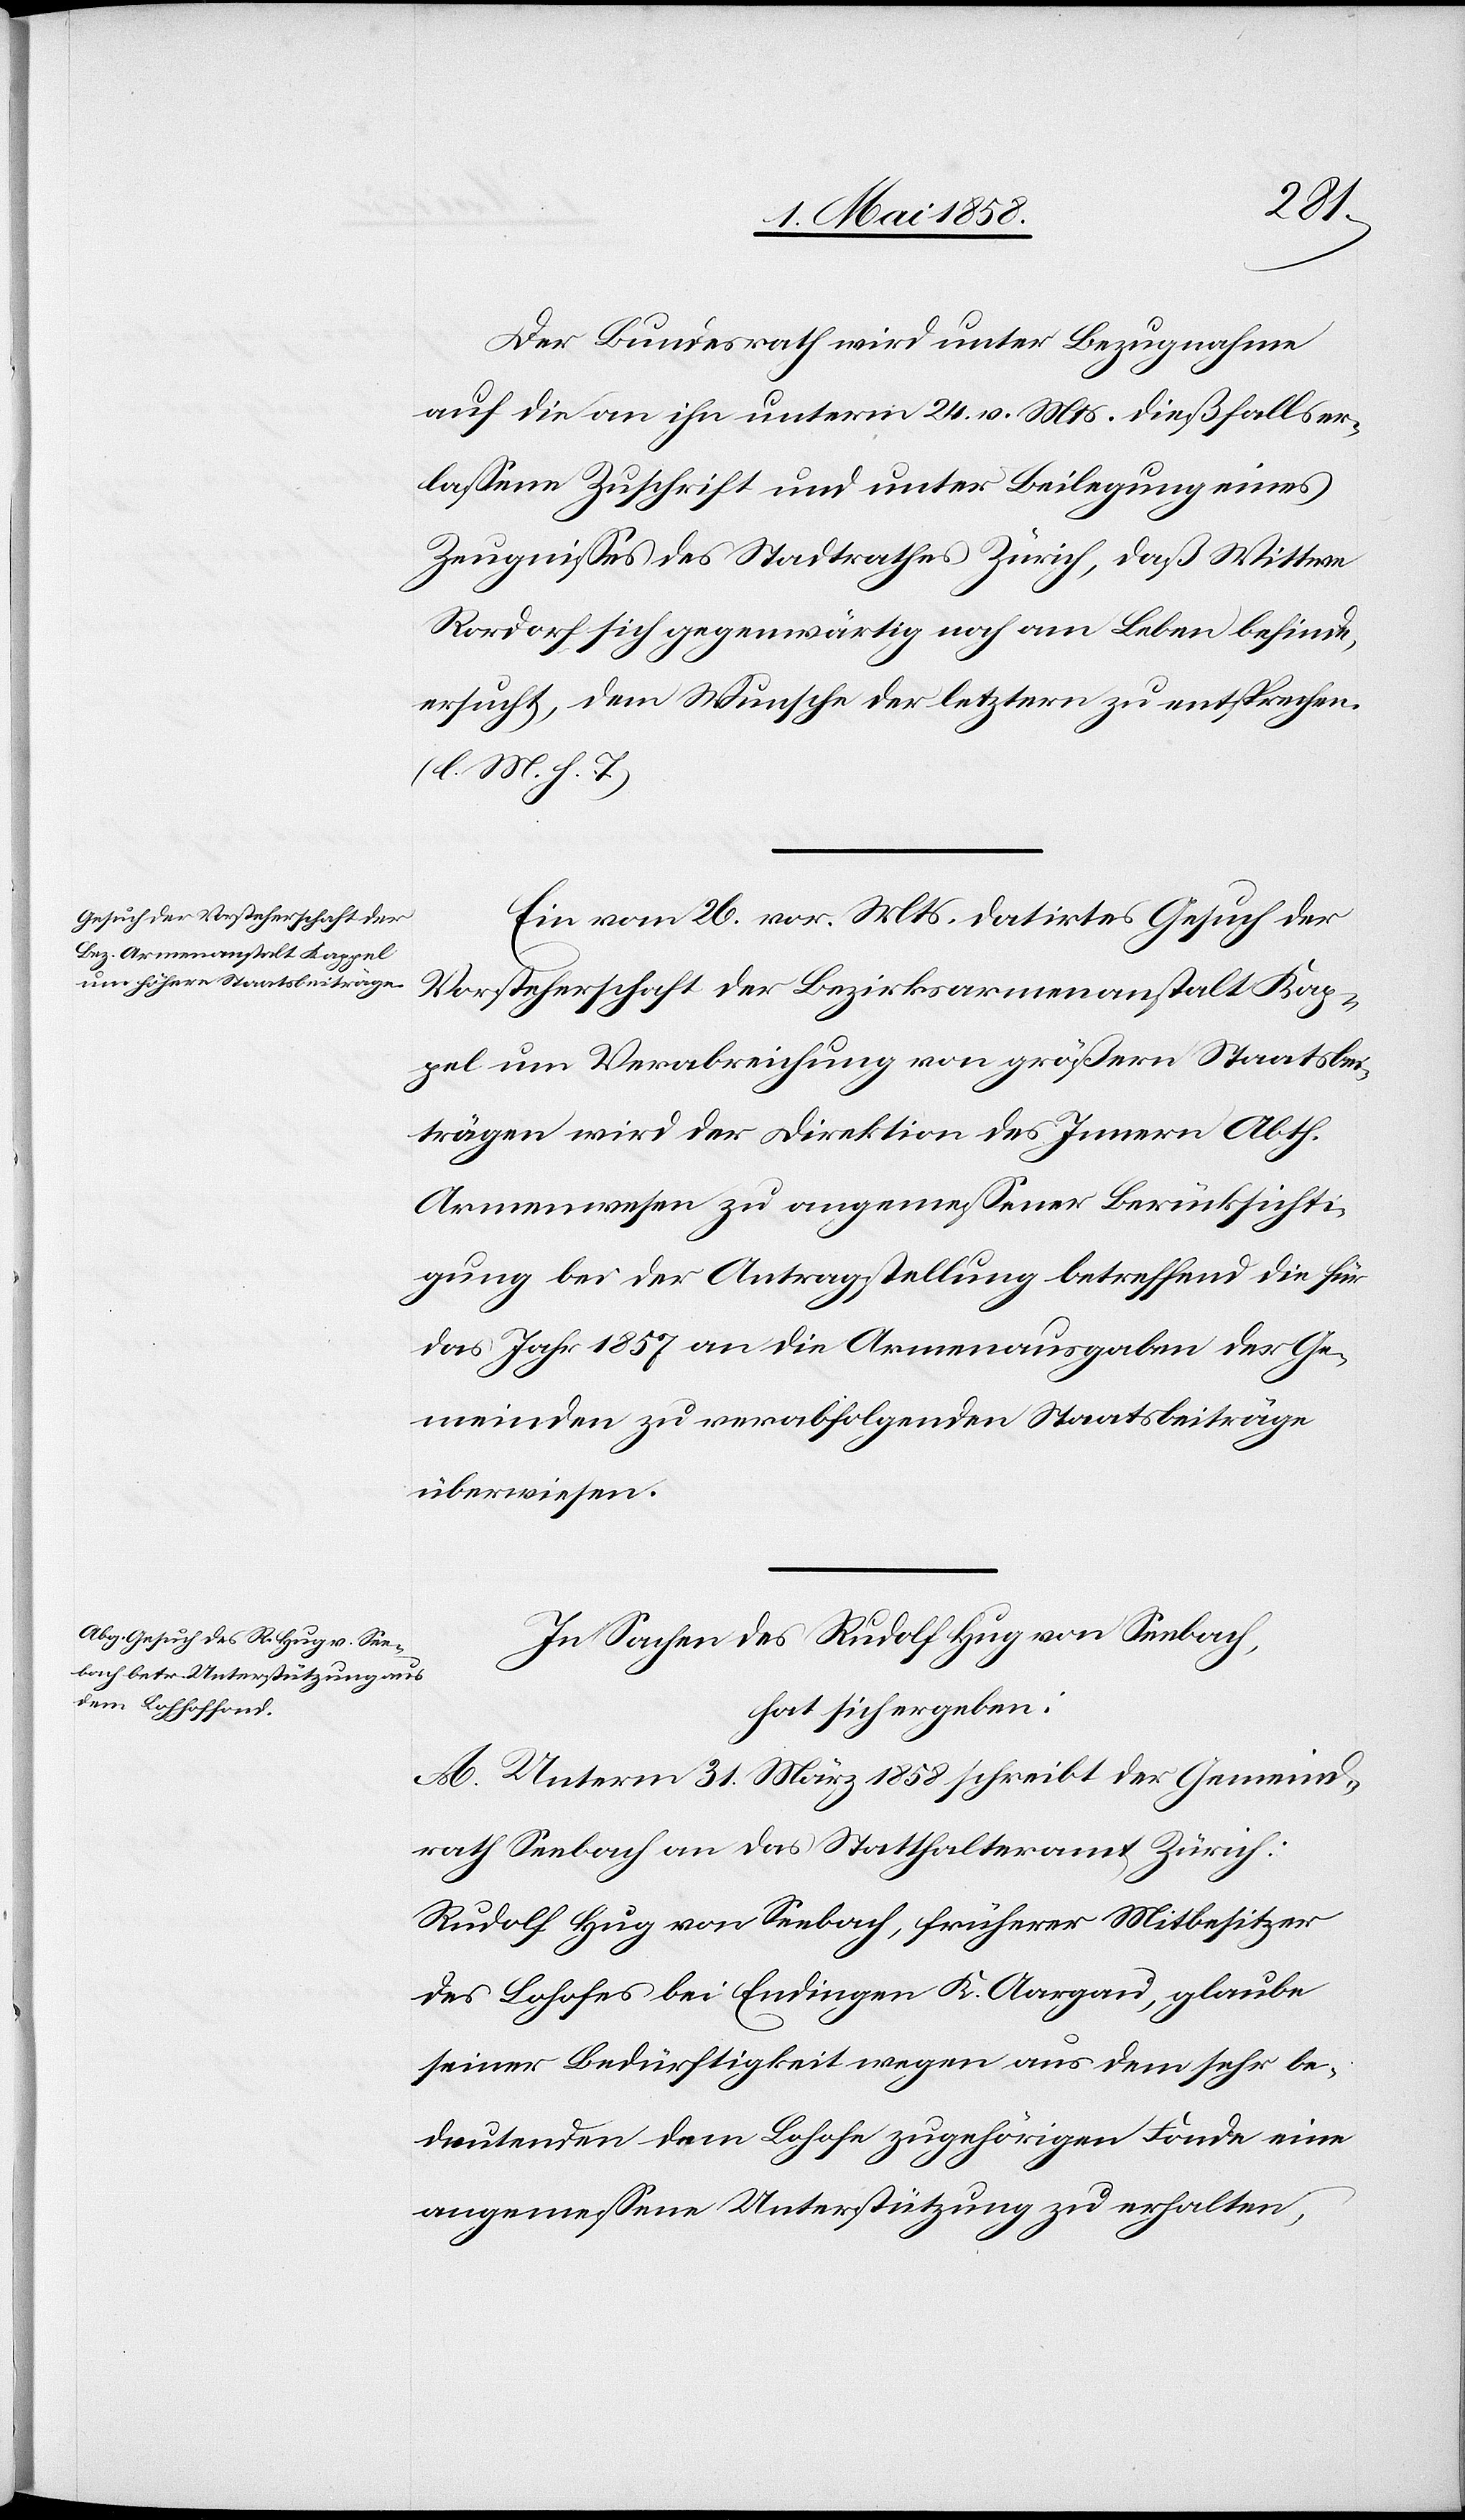
Der Bundesrath wird unter Bezugnahme
auf die an ihn unterm 24. v. Mts. dießfalls er¬
lassene Zuschrift und unter Beilegung eines
Zeugnisses des Stadtrathes Zürich, daß Wittwe
Rordorf sich gegenwärtig noch am Leben befinde,
ersucht, dem Wunsche der letztern zu entsprechen.
(l. M. h. T.)
Ein vom 26. vor. Mts. datirtes Gesuch der
Vorsteherschaft der Bezirksarmensanstalt Kap¬
pel um Verabreichung von größern Staatsbei¬
trägen wird der Direktion des Innern Abth.
Armenwesen zu angemessener Berücksichti¬
gung bei der Antragstellung betreffend die für
das Jahr 1857 an die Armenausgaben der Ge¬
meinden zu verabfolgenden Staatsbeiträge
überwiesen.
In Sachen des Rudolf Hug von Seebach,
hat sich ergeben:
A. Unterm 31. März 1858 schreibt der Gemeind¬
rath Seebach an das Statthalteramt Zürich:
Rudolf Hug von Seebach, früherer Mitbesitzer
des Lohofes bei Endingen K. Aargau, glaube
seiner Bedürftigkeit wegen aus dem sehr be¬
deutenden dem Lohofe zugehörigen Fonde eine
angemessene Unterstützung zu erhalten,